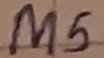
Text: M5